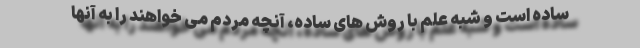
ساده است و شبه علم با روش های ساده، آنچه مردم می خواهند را به آنها